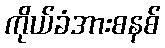
ကိုယ်ခံအားစနစ်